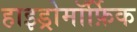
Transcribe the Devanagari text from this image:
हाइड्रोमॉर्फ़िक